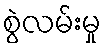
စွဲလမ်းမှု